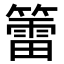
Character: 𥵉